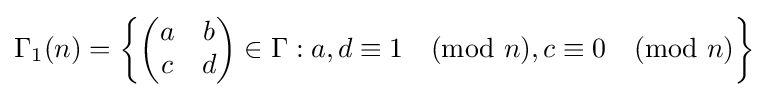
\Gamma _{1}(n)=\left\{{\begin{pmatrix}a&b\\c&d\end{pmatrix}}\in \Gamma :a,d\equiv 1{\pmod {n}},c\equiv 0{\pmod {n}}\right\}